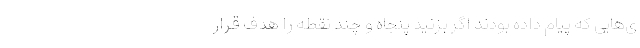
ی‌هایی که پیام داده بودند اگر بزنید پنجاه و چند نقطه را هدف قرار